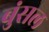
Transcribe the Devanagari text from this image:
बुंसल